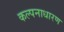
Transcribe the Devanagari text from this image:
कल्पनाधारण